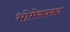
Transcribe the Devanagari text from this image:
भोमेकाका